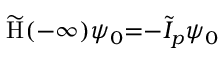
\widetilde \mathrm { H } ( { - } \infty ) \psi _ { 0 } { = } { - } \widetilde { I } _ { p } \psi _ { 0 }